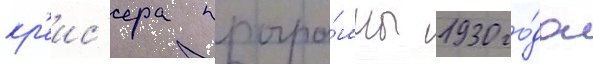
кр'еис'ера програ́ммы 1930 го́да